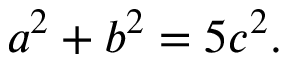
a ^ { 2 } + b ^ { 2 } = 5 c ^ { 2 } .